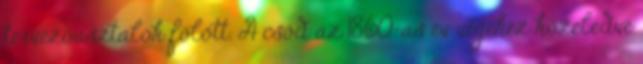
tervezőasztalok fölött. A csőd az 1860-as év végéhez közeledve